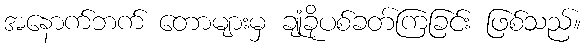
အနောက်ဘက် တောများမှ ချုံခိုပစ်ခတ်ကြခြင်း ဖြစ်သည်။